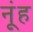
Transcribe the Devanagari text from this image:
नूंह